Annual administration report of the Civil Veterinary Department of India - 1893-1894
Year: 1893
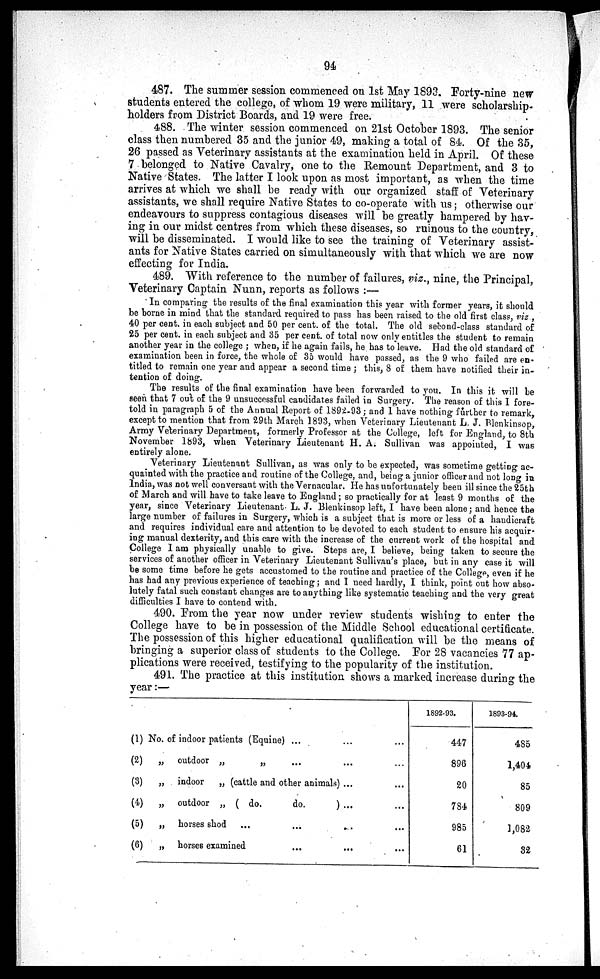
94
487. The summer session commenced on 1st May 1893. Forty-nine new
students entered the college, of whom 19 were military, 11 were scholarship-
holders from District Boards, and 19 were free.
488. The winter session commenced on 21st October 1893. The senior
class then numbered 35 and the junior 49, making a total of 84. Of the 35,
26 passed as Veterinary assistants at the examination held in April. Of these
7 belonged to Native Cavalry, one to the Remount Department, and 3 to
Native States. The latter I look upon as most important, as when the time
arrives at which we shall be ready with our organized staff of Veterinary
assistants, we shall require Native States to co-operate with us; otherwise our
endeavours to suppress contagious diseases will be greatly hampered by hav-
ing in our midst centres from which these diseases, so ruinous to the country,
will be disseminated. I would like to see the training of Veterinary assist-
ants for Native States carried on simultaneously with that which we are now
effecting for India.
489. With reference to the number of failures, viz., nine, the Principal,
Veterinary Captain Nunn, reports as follows :—
In comparing the results of the final examination this year with former years, it should
be borne in mind that the standard required to pass has been raised to the old first class, viz ,
40 per cent. in each subject and 50 per cent. of the total. The old second-class standard of
25 per cent. in each subject and 35 per cent. of total now only entitles the student to remain
another year in the college ; when, if he again fails, he has to leave. Had the old standard of
examination been in force, the whole of 35 would have passed, as the 9 who failed are en-
titled to remain one year and appear a second time ; this, 8 of them have notified their in-
tention of doing.
The results of the final examination have been forwarded to you. In this it will be
seen that 7 out of the 9 unsuccessful candidates failed in Surgery. The reason of this I fore-
told in paragraph 5 of the Annual Report of 1892-93; and I have nothing further to remark,
except to mention that from 29th March 1893, when Veterinary Lieutenant L. J. Blenkinsop,
Army Veterinary Department, formerly Professor at the College, left for England, to 8th
November 1893, when Veterinary Lieutenant H. A. Sullivan was appointed, I was
entirely alone.
Veterinary Lieutenant Sullivan, as was only to be expected, was sometime getting ac-
quainted with the practice and routine of the College, and, being a junior officer and not long in
India, was not well conversant with the Vernacular. He has unfortunately been ill since the 25th
of March and will have to take leave to England; so practically for at least 9 months of the
year, since Veterinary Lieutenant. L. J. Blenkinsop left, I have been alone; and hence the
large number of failures in Surgery, which is a subject that is more or less of a handicraft
and requires individual care and attention to be devoted to each student to ensure his acquir-
ing manual dexterity, and this care with the increase of the current work of the hospital and
College I am physically unable to give. Steps are, I believe, being taken to secure the
services of another officer in Veterinary Lieutenant Sullivan's place, but in any case it will
be some time before he gets accustomed to the routine and practice of the College, even if he
has had any previous experience of teaching; and I need hardly, I think, point out how abso-
lutely fatal such constant changes are to anything like systematic teaching and the very great
difficulties I have to contend with.
490. From the year now under review students wishing to enter the
College have to be in possession of the Middle School educational certificate.
The possession of this higher educational qualification will be the means of
bringing a superior class of students to the College. For 28 vacancies 77 ap-
plications were received, testifying to the popularity of the institution.
491. The practice at this institution shows a marked increase during the
year:—
(1) No. of indoor patients (Equine) ... ... ..
(2)
„ outdoor „
„ ... ... ..
(3)
„ indoor
„ (cattle and other animals) ...
(4)
„ outdoor „ ( do.
do.
) ...
(5)
„ horses shod ... ... ... ...
(6)
„ horses examined ... ... ...
1892-93.
447
896
20
784
985
61
1893-94.
485
1,404
85
809
1,082
32